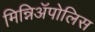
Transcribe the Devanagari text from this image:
मिन्निअॅपोलिस